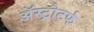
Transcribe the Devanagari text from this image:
ॲस्ट्रोटर्फ